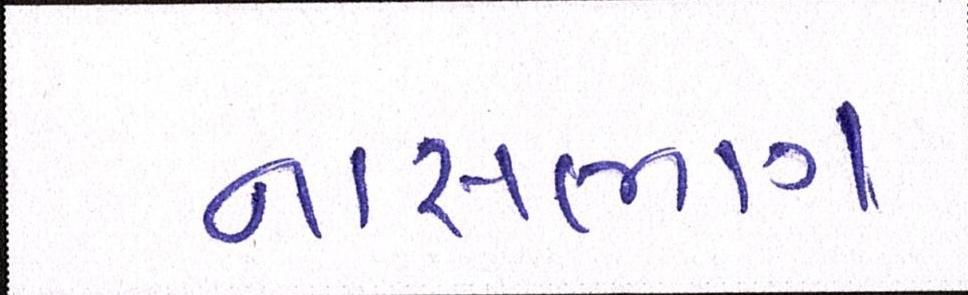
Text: નાસભાગ